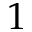
1